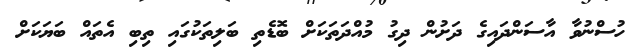
ހުސްނުވާ އާސަންދައިގެ ދަށުން ދިގު މުއްދަތަކަށް ބޮޑެތި ބަލިތަކުގައި ތިބި އެތައް ބަޔަކަށް